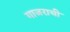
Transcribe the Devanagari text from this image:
गाजराची